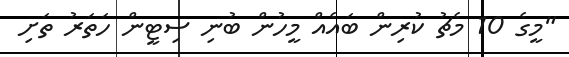
"މީގެ 10 މެޗު ކުރިން ބައެއް މީހުން ބުނި ސިޓީން ހަތަރު ތަށި